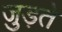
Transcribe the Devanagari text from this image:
जु़ड़ते